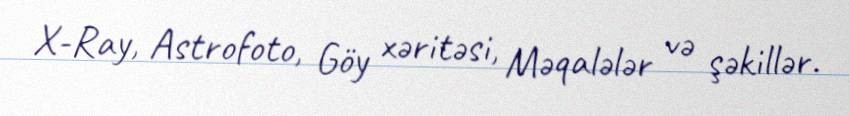
X-Ray, Astrofoto, Göy xəritəsi, Məqalələr və şəkillər.